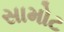
સામોટ